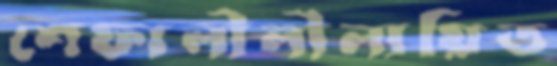
শেফালীলীলায়িত